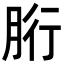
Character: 胻